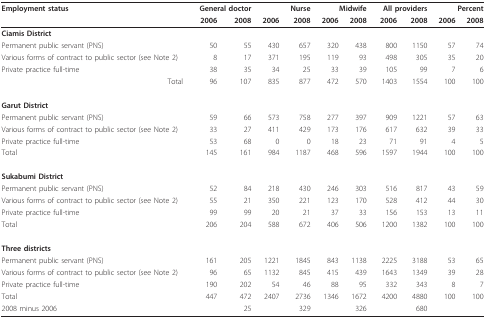
<table><thead><tr><td><b>Employment status</b></td><td colspan="2"><b>General doctor</b></td><td></td><td><b>Nurse</b></td><td colspan="2"><b>Midwife</b></td><td colspan="2"><b>All providers</b></td><td colspan="2"><b>Percent</b></td></tr><tr><td></td><td><b>2006</b></td><td><b>2008</b></td><td><b>2006</b></td><td><b>2008</b></td><td><b>2006</b></td><td><b>2008</b></td><td><b>2006</b></td><td><b>2008</b></td><td><b>2006</b></td><td><b>2008</b></td></tr></thead><tbody><tr><td><b>Ciamis District</b></td><td></td><td></td><td></td><td></td><td></td><td></td><td></td><td></td><td></td><td></td></tr><tr><td>Permanent public servant (PNS)</td><td>50</td><td>55</td><td>430</td><td>657</td><td>320</td><td>438</td><td>800</td><td>1150</td><td>57</td><td>74</td></tr><tr><td>Various forms of contract to public sector (see Note 2)</td><td>8</td><td>17</td><td>371</td><td>195</td><td>119</td><td>93</td><td>498</td><td>305</td><td>35</td><td>20</td></tr><tr><td>Private practice full-time</td><td>38</td><td>35</td><td>34</td><td>25</td><td>33</td><td>39</td><td>105</td><td>99</td><td>7</td><td>6</td></tr><tr><td>Total</td><td>96</td><td>107</td><td>835</td><td>877</td><td>472</td><td>570</td><td>1403</td><td>1554</td><td>100</td><td>100</td></tr><tr><td><b>Garut District</b></td><td></td><td></td><td></td><td></td><td></td><td></td><td></td><td></td><td></td><td></td></tr><tr><td>Permanent public servant (PNS)</td><td>59</td><td>66</td><td>573</td><td>758</td><td>277</td><td>397</td><td>909</td><td>1221</td><td>57</td><td>63</td></tr><tr><td>Various forms of contract to public sector (see Note 2)</td><td>33</td><td>27</td><td>411</td><td>429</td><td>173</td><td>176</td><td>617</td><td>632</td><td>39</td><td>33</td></tr><tr><td>Private practice full-time</td><td>53</td><td>68</td><td>0</td><td>0</td><td>18</td><td>23</td><td>71</td><td>91</td><td>4</td><td>5</td></tr><tr><td>Total</td><td>145</td><td>161</td><td>984</td><td>1187</td><td>468</td><td>596</td><td>1597</td><td>1944</td><td>100</td><td>100</td></tr><tr><td><b>Sukabumi District</b></td><td></td><td></td><td></td><td></td><td></td><td></td><td></td><td></td><td></td><td></td></tr><tr><td>Permanent public servant (PNS)</td><td>52</td><td>84</td><td>218</td><td>430</td><td>246</td><td>303</td><td>516</td><td>817</td><td>43</td><td>59</td></tr><tr><td>Various forms of contract to public sector (see Note 2)</td><td>55</td><td>21</td><td>350</td><td>221</td><td>123</td><td>170</td><td>528</td><td>412</td><td>44</td><td>30</td></tr><tr><td>Private practice full-time</td><td>99</td><td>99</td><td>20</td><td>21</td><td>37</td><td>33</td><td>156</td><td>153</td><td>13</td><td>11</td></tr><tr><td>Total</td><td>206</td><td>204</td><td>588</td><td>672</td><td>406</td><td>506</td><td>1200</td><td>1382</td><td>100</td><td>100</td></tr><tr><td><b>Three districts</b></td><td></td><td></td><td></td><td></td><td></td><td></td><td></td><td></td><td></td><td></td></tr><tr><td>Permanent public servant (PNS)</td><td>161</td><td>205</td><td>1221</td><td>1845</td><td>843</td><td>1138</td><td>2225</td><td>3188</td><td>53</td><td>65</td></tr><tr><td>Various forms of contract to public sector (see Note 2)</td><td>96</td><td>65</td><td>1132</td><td>845</td><td>415</td><td>439</td><td>1643</td><td>1349</td><td>39</td><td>28</td></tr><tr><td>Private practice full-time</td><td>190</td><td>202</td><td>54</td><td>46</td><td>88</td><td>95</td><td>332</td><td>343</td><td>8</td><td>7</td></tr><tr><td>Total</td><td>447</td><td>472</td><td>2407</td><td>2736</td><td>1346</td><td>1672</td><td>4200</td><td>4880</td><td>100</td><td>100</td></tr><tr><td>2008 minus 2006</td><td></td><td>25</td><td></td><td>329</td><td></td><td>326</td><td></td><td>680</td><td></td><td></td></tr></tbody></table>